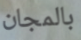
بالمجان